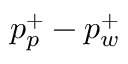
p _ { p } ^ { + } - p _ { w } ^ { + }